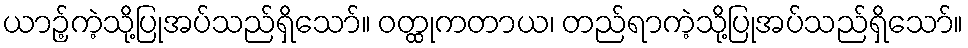
ယာဉ့်ကဲ့သို့ပြုအပ်သည်ရှိသော်။ ဝတ္ထုကတာယ၊ တည်ရာကဲ့သို့ပြုအပ်သည်ရှိသော်။